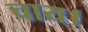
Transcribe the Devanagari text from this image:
चाय।